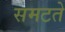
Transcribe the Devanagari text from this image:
समटते